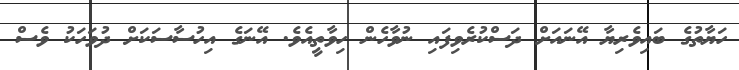
ހަޔާތުގެ ބައިވެރިޔާ އޭނައަށް ދަސްކުރެވިފައި ނުވާހެން ހިވާތީއެވެ. އޭނަގެ އިހުސާސަކަށް ދުވަހަކު ވެސް